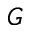
G